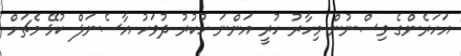
އަހަރެންގެ ވިސްނުން މިހާރު ހުރީ އަންނަ ހުކުރު ދުވަހު އާސެނަލް ކުޅޭ މެޗަށް